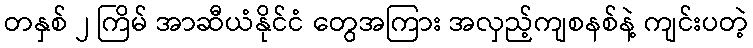
တနှစ် ၂ ကြိမ် အာဆီယံနိုင်ငံ တွေအကြား အလှည့်ကျစနစ်နဲ့ ကျင်းပတဲ့